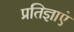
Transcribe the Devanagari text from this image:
प्रतिज्ञाएं